Indian journal of veterinary science and animal husbandry - Volumes 22-23, 1952-1953
Year: 1952
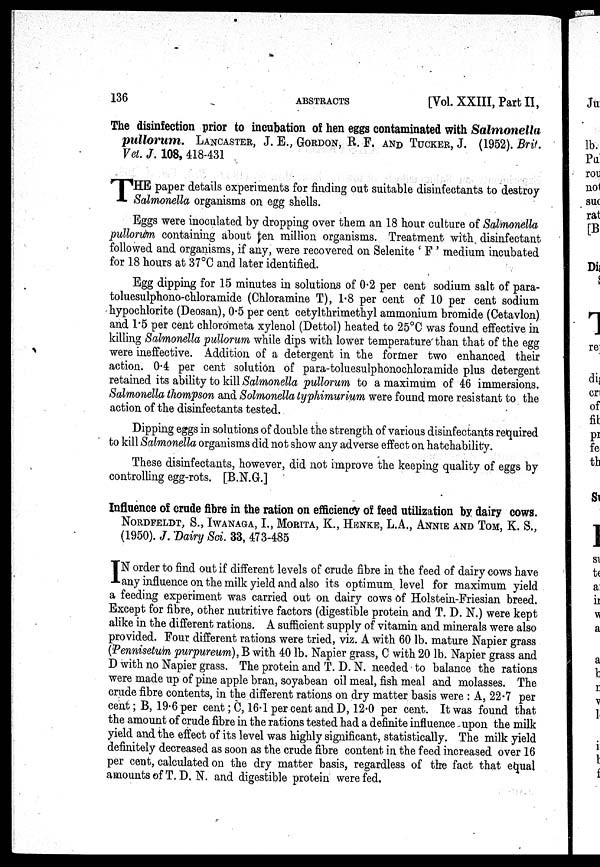
136
ABSTRACTS
[Vol. XXIII, Part II,
The disinfection prior to incubation of hen eggs contaminated with Salmonella
pullorum. LANCASTER, J. E., GORDON, RF. AND TUCKER, J. (1952). Brit.
Vet. J. 108, 418-431
T HE paper details experiments for finding out suitable disinfectants to destroy
Salmonella organisms on egg shells.
Eggs were inoculated by dropping over them an 18 hour culture of Salmonella
pullorum containing about ten million organisms. Treatment with disinfectant
followed and organisms, if any, were recovered on Selenite ' F ' medium incubated
for 18 hours at 37°C and later identified.
Egg dipping for 15 minutes in solutions of 0.2 per cent sodium salt of para-
toluesulphono-chloramide (Chloramine T), 1.8 per cent of 10 per cent sodium
hypochlorite (Deosan), 0.5 per cent cetylthrimethyl ammonium bromide (Cetavlon)
and 1.5 per cent chlorometa xylenol (Dettol) heated to 25°C was found effective in
killing Salmonella pullorum while dips with lower temperature than that of the egg
were ineffective. Addition of a detergent in the former two enhanced their
action. 0.4 per cent solution of para-toluesulphonochloramide plus detergent
retained its ability to kill Salmonella pullorum to a maximum of 46 immersions.
Salmonella thompson and Solmonella typhimurium were found more resistant to the
action of the disinfectants tested.
Dipping eggs in solutions of double the strength of various disinfectants required
to kill Salmonella organisms did not show any adverse effect on hatchability.
These disinfectants, however, did not improve the keeping quality of eggs by
controlling egg-rots. [B.N.G.]
Influence of crude fibre in the ration on efficiency of feed utilization by dairy cows.
NORDFELDT, S., IWANAGA, I., MORITA, K., HENKE, L.A., ANNIE AND TOM, K. S.,
(1950). J. Dairy Sci. 33, 473-485
I N order to find out if different levels of crude fibre in the feed of dairy cows have
any influence on the milk yield and also its optimum level for maximum yield
a feeding experiment was carried out on dairy cows of Holstein-Friesian breed.
Except for fibre, other nutritive factors (digestible protein and T. D. N.) were kept
alike in the different rations. A sufficient supply of vitamin and minerals were also
provided. Four different rations were tried, viz. A with 60 lb. mature Napier grass
(Pennisetum purpureum), B with 40 lb. Napier grass, C with 20 lb. Napier grass and
D with no Napier grass. The protein and T. D. N. needed to balance the rations
were made up of pine apple bran, soyabean oil meal, fish meal and molasses. The
crude fibre contents, in the different rations on dry matter basis were : A, 22.7 per
cent; B, 19.6 per cent; C, 16.1 per cent and D, 12.0 per cent. It was found that
the amount of crude fibre in the rations tested had a definite influence upon the milk
yield and the effect of its level was highly significant, statistically. The milk yield
definitely decreased as soon as the crude fibre content in the feed increased over 16
per cent, calculated on the dry matter basis, regardless of the fact that equal
amounts of T. D. N. and digestible protein were fed.